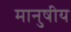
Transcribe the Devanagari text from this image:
मानुषीय